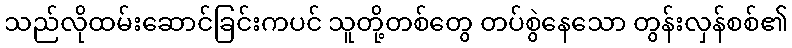
သည်လိုထမ်းဆောင်ခြင်းကပင် သူတို့တစ်တွေ တပ်စွဲနေသော တွန်းလှန်စစ်၏